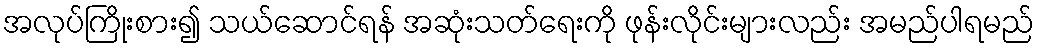
အလုပ်ကြိုးစား၍ သယ်ဆောင်ရန် အဆုံးသတ်ရေးကို ဖုန်းလိုင်းများလည်း အမည်ပါရမည်